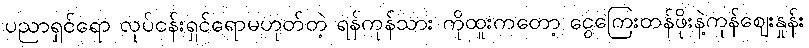
ပညာရှင်ရော လုပ်ငန်းရှင်ရောမဟုတ်တဲ့ ရန်ကုန်သား ကိုထူးကတော့ ငွေကြေးတန်ဖိုးနဲ့ကုန်ဈေးနှုန်း